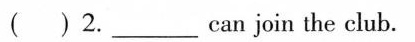
() 2.___can join the club.